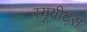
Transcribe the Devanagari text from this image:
स्यूयीट्स